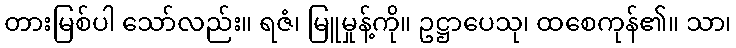
တားမြစ်ပါ သော်လည်း။ ရဇံ၊ မြူမှုန့်ကို။ ဥဋ္ဌာပေသု၊ ထစေကုန်၏။ သာ၊